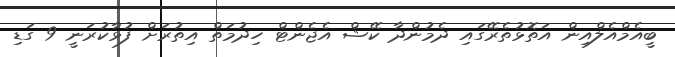
ބީއެމްއެލްއިން އަތޮޅުތެރޭގައި ދެމުންދާ ކޭޝް އެޖެންޓް ހިދުމަތް އިތުރަށް ފުޅާކުރަނީ 9 ގަޑި